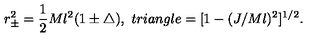
r _ { \pm } ^ { 2 } = \frac { 1 } { 2 } M l ^ { 2 } ( 1 \pm \triangle ) , \ t r i a n g l e = [ 1 - ( J / M l ) ^ { 2 } ] ^ { 1 / 2 } .